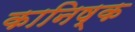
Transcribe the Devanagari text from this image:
कानिष्क